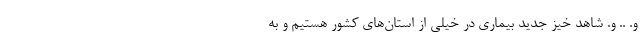
و. .. و. شاهد خیز جدید بیماری در خیلی از استان‌های کشور هستیم و به